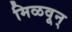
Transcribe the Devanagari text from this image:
मिळवून्